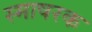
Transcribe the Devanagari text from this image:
स्माषरक